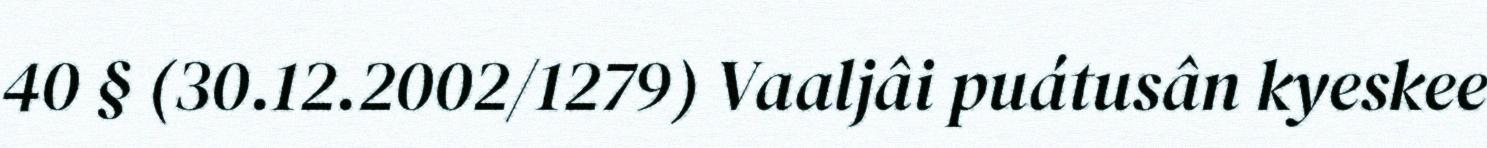
40 § (30.12.2002/1279) Vaaljâi puátusân kyeskee